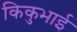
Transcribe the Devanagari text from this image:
किकुभाई